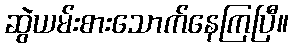
ဆွဲယမ်းစားသောက်နေကြပြီ။